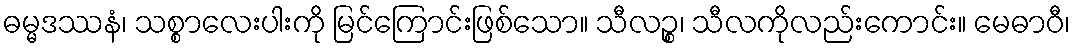
ဓမ္မဒဿနံ၊ သစ္စာလေးပါးကို မြင်ကြောင်းဖြစ်သော။ သီလဉ္စ၊ သီလကိုလည်းကောင်း။ မေဓာဝီ၊